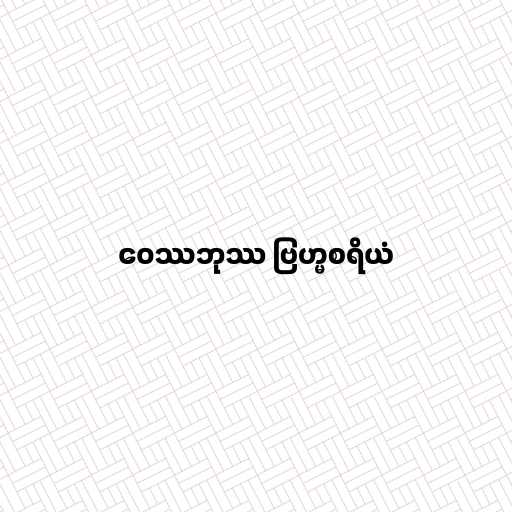
ဝေဿဘုဿ ဗြဟ္မစရိယံ